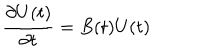
{ \frac { \partial U ( t ) } { \partial t } } = B ( t ) U ( t )